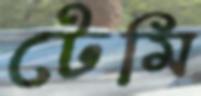
টেমি